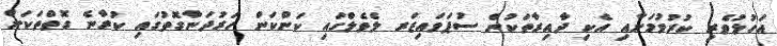
އަހުލުވެރި ކުރުވުމަށާއި އެކި ދާއިރާތަކުން ސުޕަވައިޒަރ ލެވެލްގައި ކަންކަން ހަރުދަނާގޮތުގައި ކުރާނެ ގޮތްތަކަށް